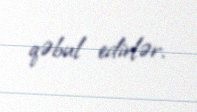
qəbul edirlər.